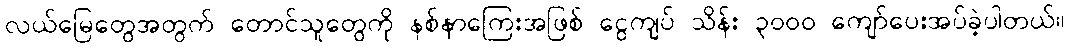
လယ်မြေတွေအတွက် တောင်သူတွေကို နစ်နာကြေးအဖြစ် ငွေကျပ် သိန်း ၃၀၀၀ ကျော်ပေးအပ်ခဲ့ပါတယ်။